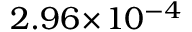
2 . 9 6 \! \times \! 1 0 ^ { - 4 }